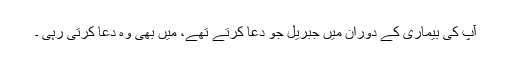
آپ کی بیماری کے دوران میں جبریل جو دعا کرتے تھے، میں بھی وہ دعا کرتی رہی ۔